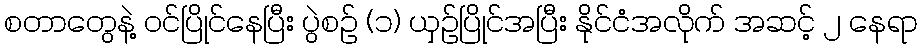
စတာတွေနဲ့ ဝင်ပြိုင်နေပြီး ပွဲစဉ် (၁) ယှဉ်ပြိုင်အပြီး နိုင်ငံအလိုက် အဆင့် ၂ နေရာ